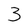
Character: 3